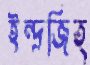
ইন্দ্রজিত্